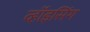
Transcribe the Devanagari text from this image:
व्हॉइसिंग